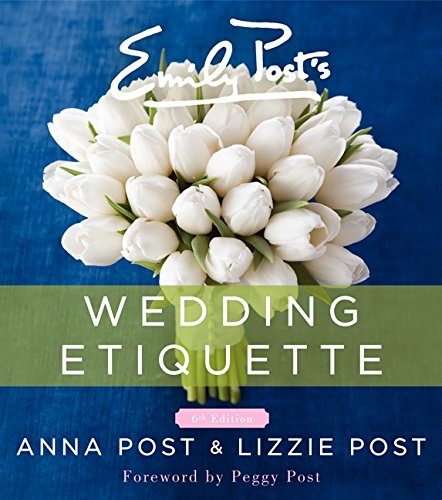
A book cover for Emily Post's Wedding Etiquette, 6e; Anna Post; Crafts, Hobbies & Home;